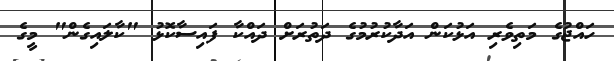
ހައްޖުގެ މަތިވެރި އަޅުކަން އަދާކުރުމުގެ ދަތުރަށް ދައްކާ ފައިސާކޮޅު "ކާލައިގެން" މީގެ